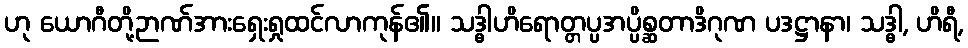
ဟု ယောဂီတို့ဉာဏ်အားရှေးရှုထင်လာကုန်၏။ သဒ္ဓါဟိရောတ္တပ္ပအပ္ပိစ္ဆတာဒိဂုဏ ပဒဋ္ဌာနာ၊ သဒ္ဓါ, ဟိရီ,